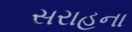
સરાહના